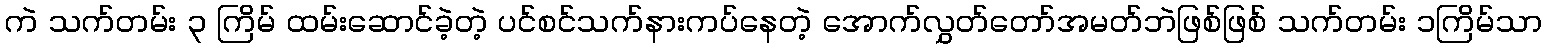
ကဲ သက်တမ်း ၃ ကြိမ် ထမ်းဆောင်ခဲ့တဲ့ ပင်စင်သက်နားကပ်နေတဲ့ အောက်လွှတ်တော်အမတ်ဘဲဖြစ်ဖြစ် သက်တမ်း ၁ကြိမ်သာ